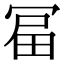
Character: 𭁻